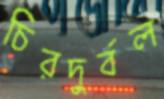
চিরদুর্বল